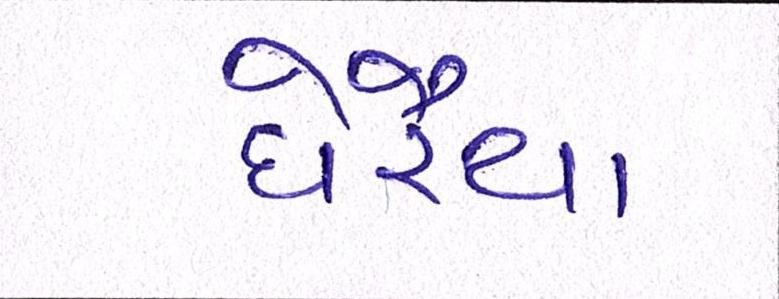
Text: ઘેરૈયા